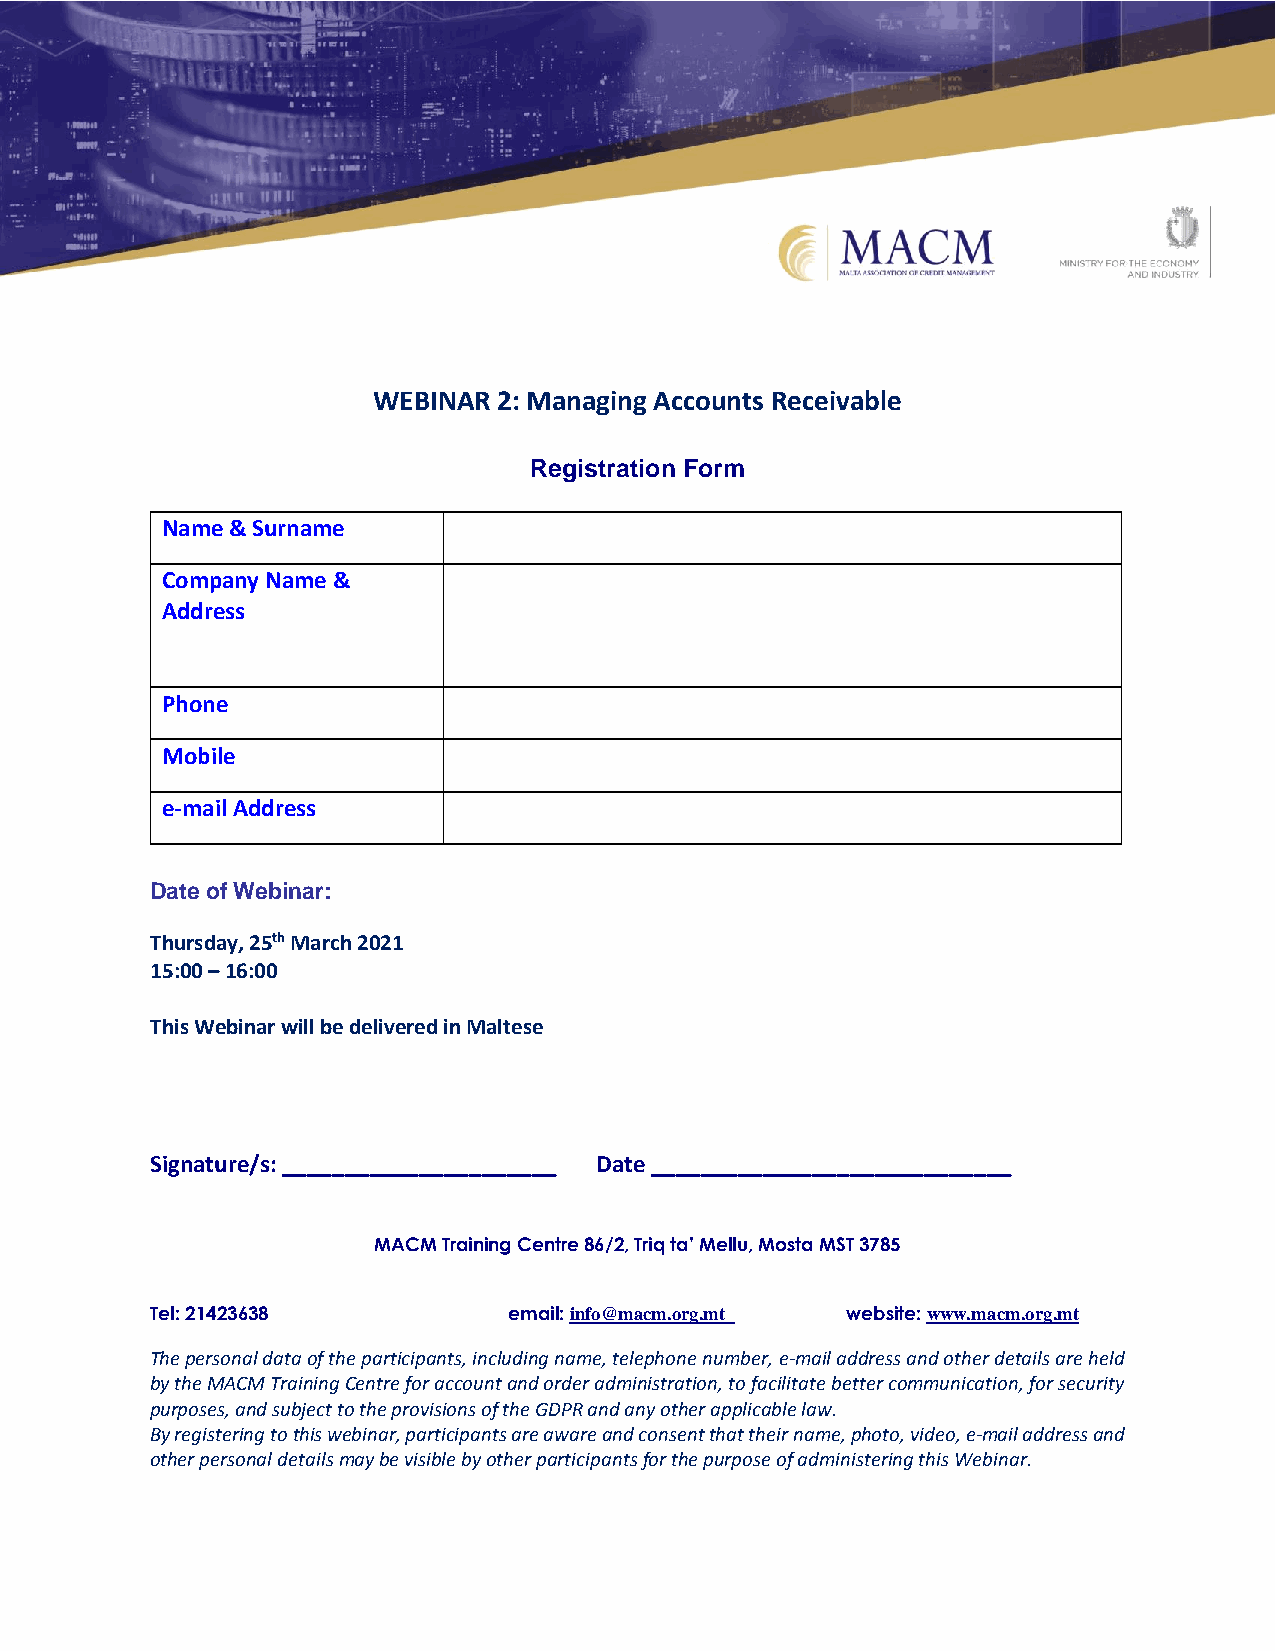
WEBINAR 2: Managing Accounts Receivable
 Registration Form
 Name & Surname
 Company Name &
 Address
 Phone
 Mobile
 e-mail Address
 Date of Webinar:
 Thursday, 25th March 2021
 15:00 – 16:00
 This Webinar will be delivered in Maltese
 Signature/s: ______________________ Date _____________________________
 MACM Training Centre 86/2, Triq ta’ Mellu, Mosta MST 3785
 Tel: 21423638           email: info@macm.org.mt website: www.macm.org.mt
 The personal data of the participants, including name, telephone number, e-mail address and other details are held
 by the MACM Training Centre for account and order administration, to facilitate better communication, for security
 purposes, and subject to the provisions of the GDPR and any other applicable law.
 By registering to this webinar, participants are aware and consent that their name, photo, video, e-mail address and
 other personal details may be visible by other participants for the purpose of administering this Webinar.